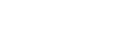
ဖြစ်ပါတယ်။